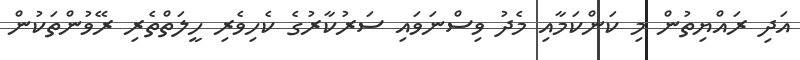
އަދި ރައްޔިތުން މި ކަންކަމާއި މެދު ވިސްނަވައި ސަރުކާރުގެ ކެހިވެރި ހީލަތްތެރި ރޭވުންތަކުން